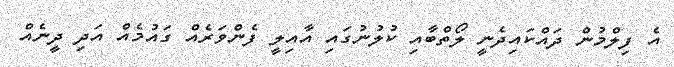
އެ ފިލްމުން ދައްކައިދެނީ ލޯތްބާއި ކުލުނުގައި އާއިލީ ފެންވަރެއް ގައުމެއް އަދި ދީނެއް